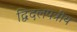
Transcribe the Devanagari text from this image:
द्विदलपत्रीय